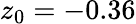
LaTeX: z_{0}=-0.36